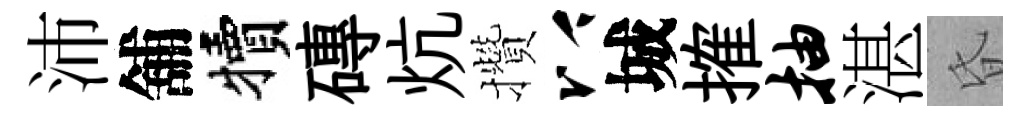
沛舖犢磚炕攢以城搉抽湛昏